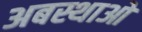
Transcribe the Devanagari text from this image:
अबस्थाओ